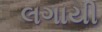
લગાયી